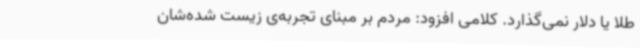
طلا یا دلار نمی‌گذارد. کلامی افزود: مردم بر مبنای تجربه‌ی زیست شده‌شان